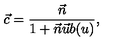
\vec { c } = \frac { \vec { n } } { 1 + \vec { n } \vec { u } b ( u ) } ,